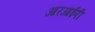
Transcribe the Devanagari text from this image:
आरआईपी